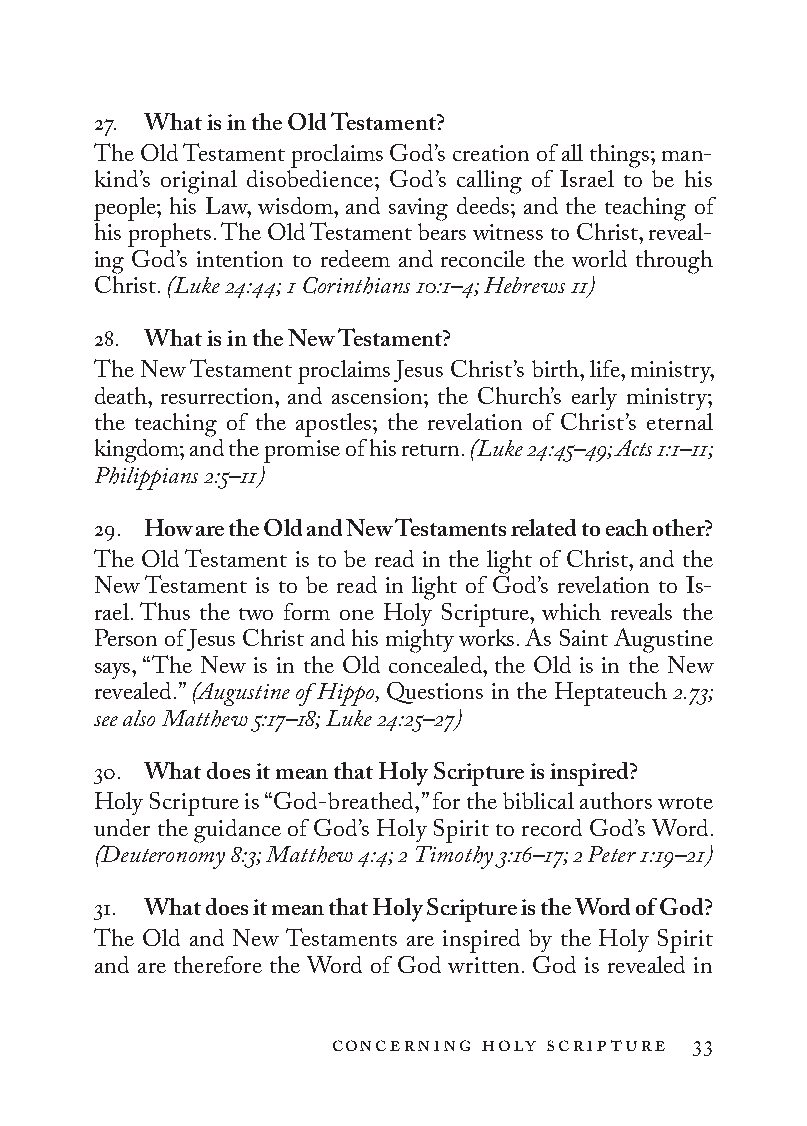
27. What is in the Old Testament?
 The Old Testament proclaims God’s creation of all things; man-
 kind’s original disobedience; God’s calling of Israel to be his
 people; his Law, wisdom, and saving deeds; and the teaching of
 his prophets. The Old Testament bears witness to Christ, reveal-
 ing God’s intention to redeem and reconcile the world through
 Christ. (Luke 24:44; 1 Cor in thi ans 10:1–4; Hebrews 11)
 28. What is in the New Testament?
 The New Testament proclaims Jesus Christ’s birth, life, ministry,
 death, resurrection, and ascension; the Church’s early ministry;
 the teaching of the apostles; the reve la tion of Christ’s eternal
 kingdom; and the promise of his return. (Luke 24:45–49; Acts 1:1–11;
 Philippians 2:5–11)
 29. How are the Old and New Testaments related to each other?
 The Old Testament is to be read in the light of Christ, and the
 New Testament is to be read in light of God’s revel a tion to Is-
 rael. Thus the two form one Holy Scripture, which reveals the
 Person of Jesus Christ and his mighty works. As Saint Augustine
 says, “The New is in the Old concealed, the Old is in the New
 revealed.” (Augustine of Hippo, Questions in the Heptateuch 2.73;
 see also Matthew 5:17–18; Luke 24:25–27)
 30. What does it mean that Holy Scripture is inspired?
 Holy Scripture is “God-breathed,” for the biblical authors wrote
 under the guidance of God’s Holy Spirit to record God’s Word.
 (Deuteronomy 8:3; Matthew 4:4; 2 Timothy 3:16–17; 2 Peter 1:19–21)
 31. What does it mean that Holy Scripture is the Word of God?
 The Old and New Testaments are inspired by the Holy Spirit
 and are therefore the Word of God written. God is revealed in
 concerning holy scripture 33
 To be a Christian.566776.int.indd 33        11/13/19 1:31 PM